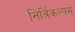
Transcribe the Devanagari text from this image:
निर्विकल्पम्